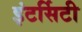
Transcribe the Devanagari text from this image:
इंटर्सिटी